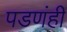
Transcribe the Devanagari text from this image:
पडणंही